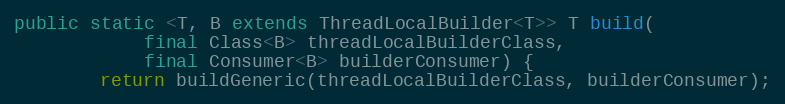
Language: Java
public static <T, B extends ThreadLocalBuilder<T>> T build(
            final Class<B> threadLocalBuilderClass,
            final Consumer<B> builderConsumer) {
        return buildGeneric(threadLocalBuilderClass, builderConsumer);